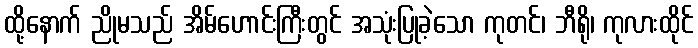
ထို့နောက် ညိုမသည် အိမ်ဟောင်းကြီးတွင် အသုံးပြုခဲ့သော ကုတင်၊ ဘီရို၊ ကုလားထိုင်